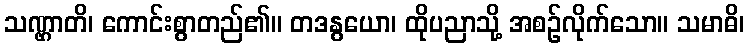
သဏ္ဌာတိ၊ ကောင်းစွာတည်၏။ တဒနွယော၊ ထိုပညာသို့ အစဉ်လိုက်သော။ သမာဓိ၊